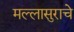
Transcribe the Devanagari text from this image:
मल्लासुराचे